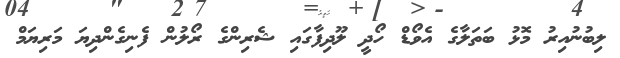
ލިބުނުއިރު މޮޅު ބަތަލާގެ އެވޯޑް ހޯދީ ލޫދިފާގައި ޝެރިންގެ ރޯލުން ފެނިގެންދިޔަ މަރިޔަމް